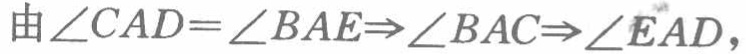
由\(\angle CAD = \angle BAE\Rightarrow\angle BAC\Rightarrow\angle EAD\)，